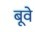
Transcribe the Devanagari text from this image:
बूवे